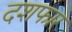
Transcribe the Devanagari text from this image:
दशफार